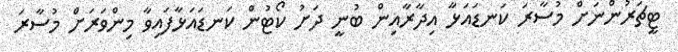
ޓީޗަރުންނަށް މުސާރަ ކަނޑައަޅާ އިދާރާއިން ބުނީ ދަށު ކޯޓުން ކަނޑައަޅާފައިވާ މިންވަރަށް މުސާރަ